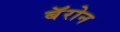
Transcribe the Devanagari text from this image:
बॅरोन